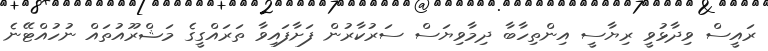
ރައީސް ވިދާޅުވީ ރިޔާސީ އިންތިހާބާ ދިމާވިޔަސް ސަރުކާރުން ފަށާފައިވާ ތަރައްގީގެ މަޝްރޫއުތައް ނުހުއްޓޭނެ